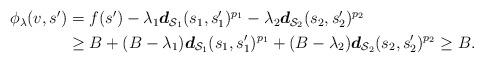
LaTeX: \begin{align*}\begin{aligned}\phi_\lambda (v, s^{\prime})&=f (s^{\prime})-\lambda_1 \boldsymbol{d}_{\mathcal{S}_1} (s_1, s_1^{\prime})^{p_1} -\lambda_2 \boldsymbol{d}_{ \mathcal{S}_2} (s_2, s_2^{\prime})^{p_2} \\& \geq B + (B - \lambda_1) \boldsymbol{d}_{\mathcal{S}_1} (s_1, s_1^\prime )^{p_1} + (B - \lambda_2) \boldsymbol{d}_{ \mathcal{S}_2 }(s_2, s_2^\prime )^{p_2} \geq B.\end{aligned}\end{align*}